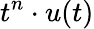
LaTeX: t^{n}\cdot u(t)